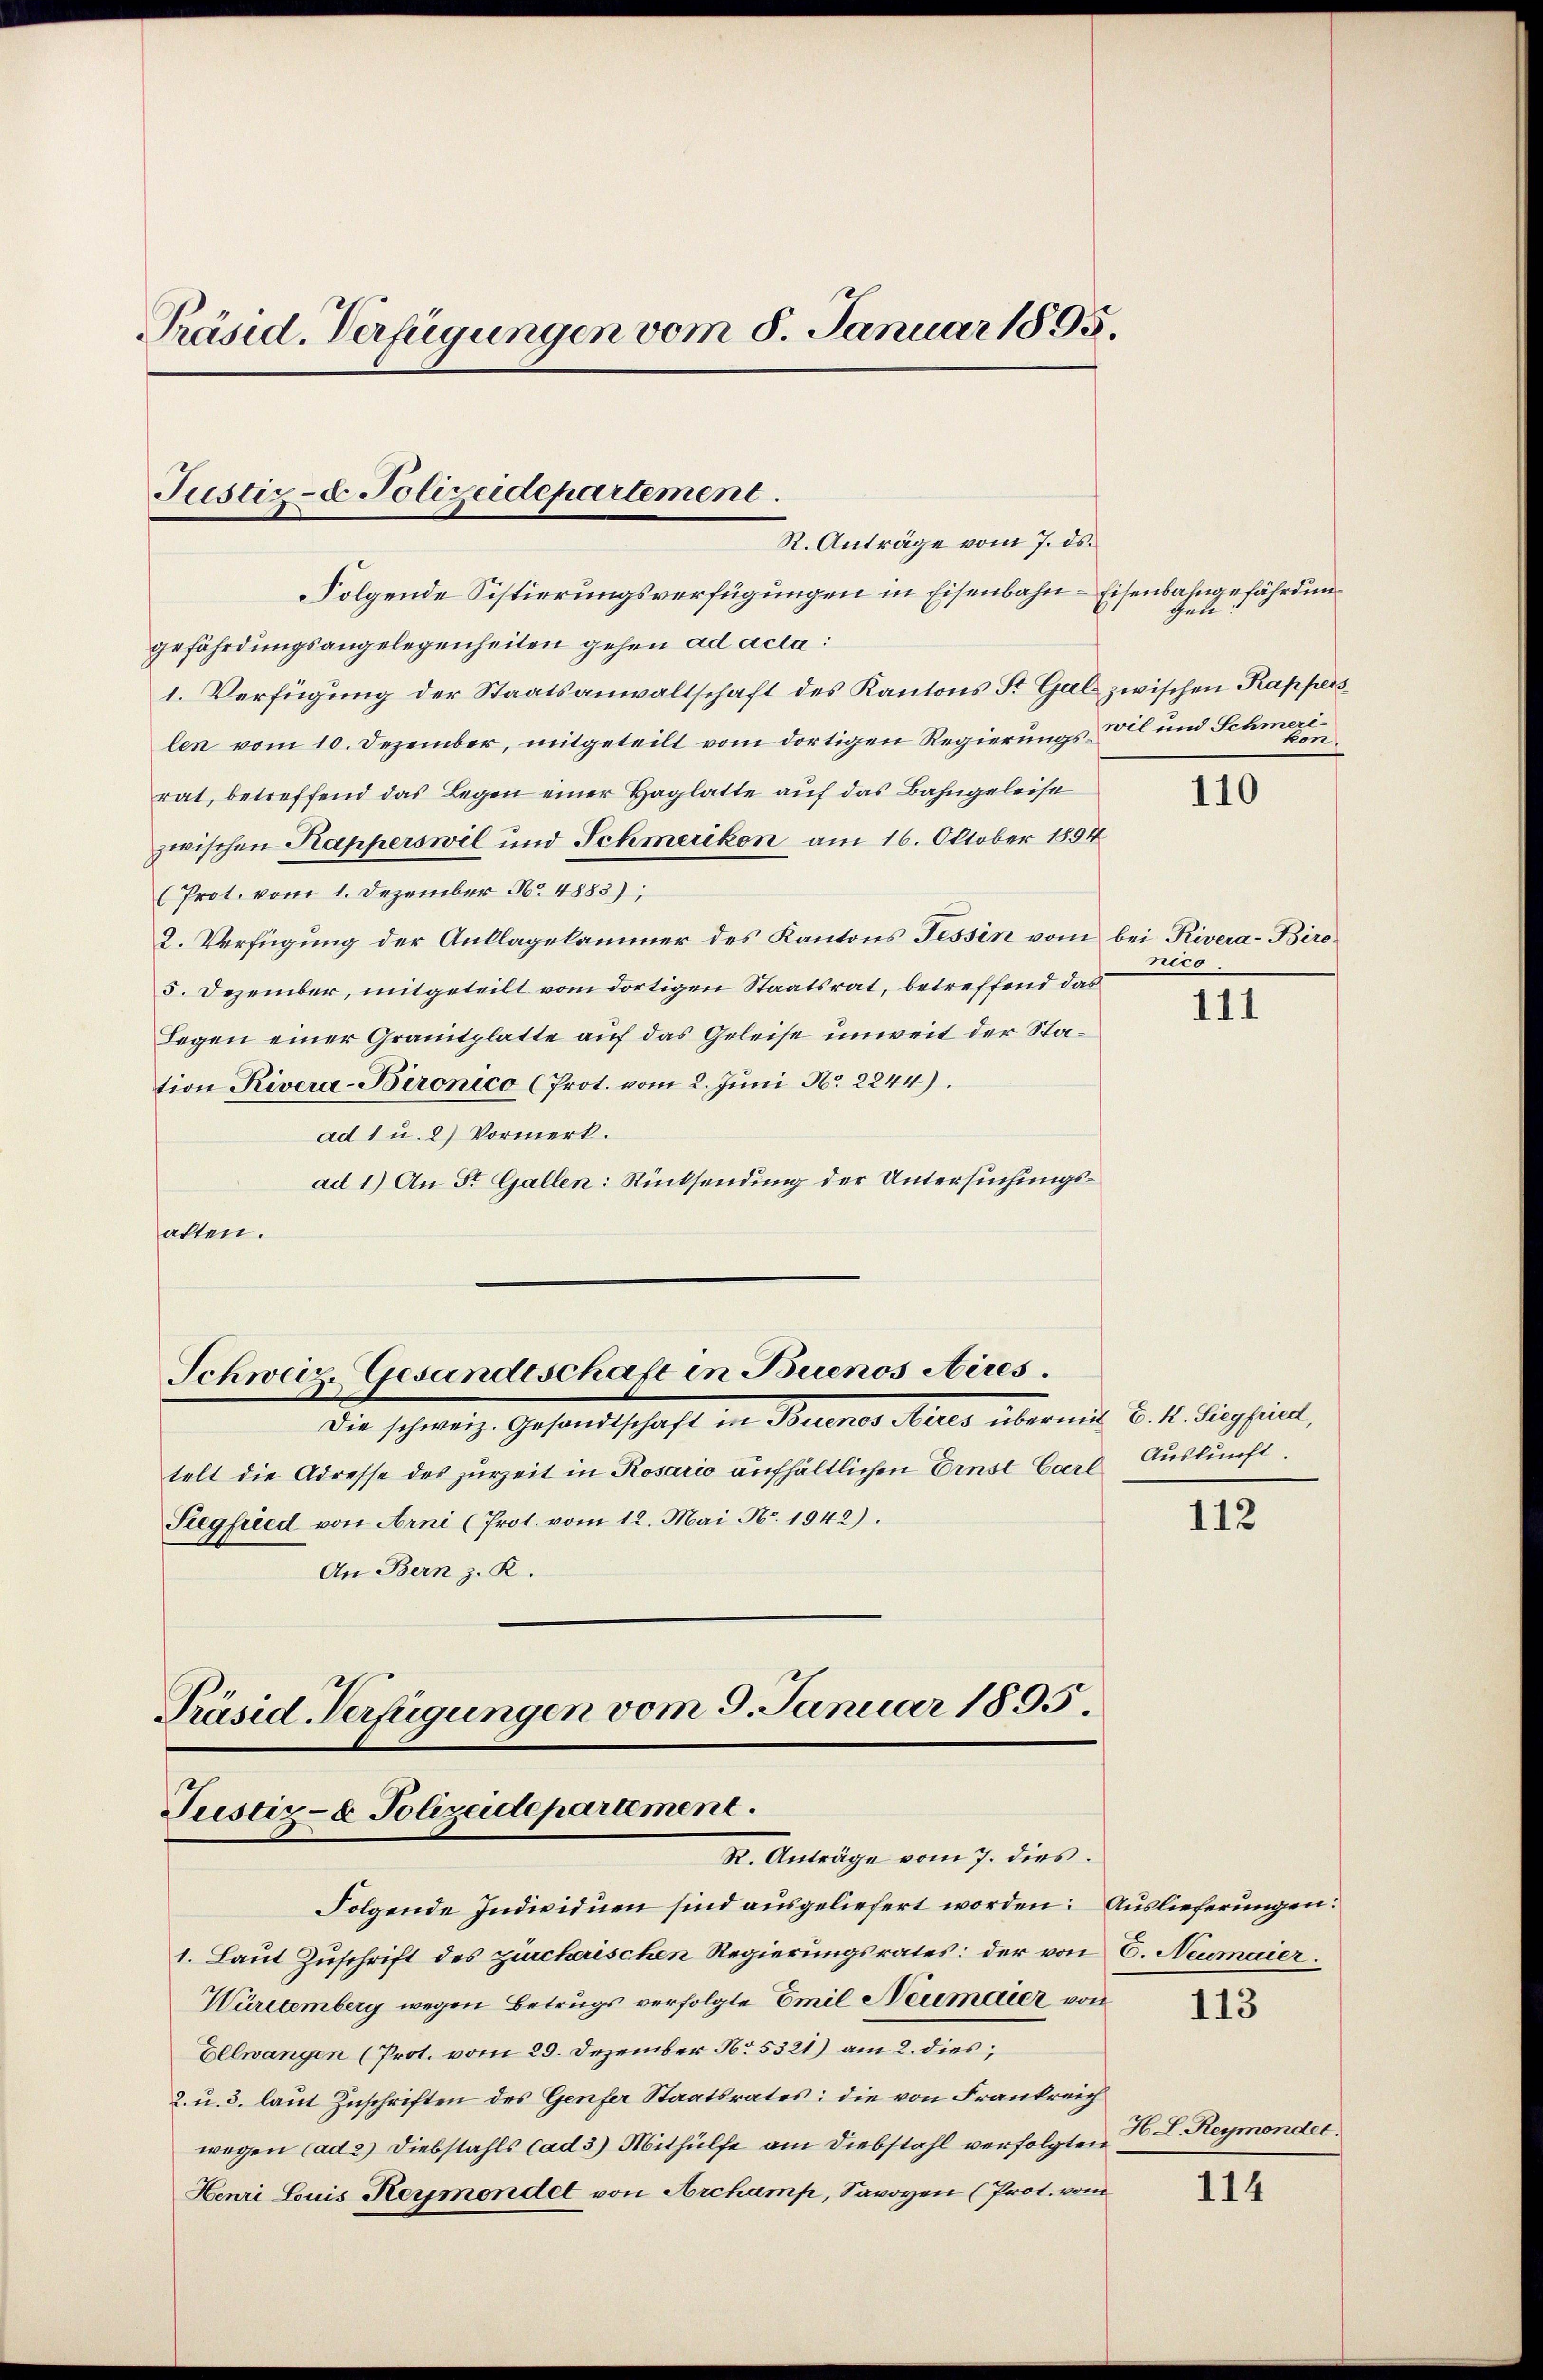
Präsid. Verfügungen vom 8. Januar 1895.

Justiz- & Polizeidepartement.
R. Anträge vom 7. ds.

Folgende Sistierungsverfügungen in Eisenbahn-Eisenbahngefährdungefährdungsangelegenheiten gehen ad acta
1. Verfügung der Staatsanwaltschaft des Kantons St. Gal zwischen Kappers
len vom 10. Dezember, mitgeteilt vom dortigen Regierungsrat, betreffend das Legen einer Haglatte auf das Bahngeleise
zwischen Kapperswil und Schmerikon am 16. Oktober 1854
(Prot. vom 1. Dezember No. 4883);
2. Verfügung der Anklagekammer des Kantons Tessin vom bei Rivera-Biro¬
5. Dezember, mitgeteilt vom dortigen Staatsrat, betreffend das
Legen einer Granitplatte auf das Geleise unweit der Station Rivera-Bironico (Prot. vom 2. Juni No 2244).
ad 1 u. 2) Vormerk.
ad 1.) An St. Gallen: Rücksendung der Untersuchungsalten.

Schweiz. Gesandtschaft in Buenos Aires.

Präsid. Verfügungen vom 9. Januar 1895.
Justiz- & Polizeidepartement.
R. Anträge vom 7. dies

die schweiz. Gesandtschaft in Berner Miles übermit. k. k. Siegfiel,
telt die Adresse des zurzeit in Rosario aufhältlichen Ernst Carl Auskunft
Siegfried von Arni (Prot. vom 12. Mai No. 1942).
An Bern z. R.

Folgende Individuen sind ausgeliefert worden: Auslieferungen:
1. Laut Zuschrift des zürcherischen Regierungsrates: der von 6. Neumaier.
Württemberg wegen Betrugs verfolgte Emil Neumaier von
Ellwangen (Prot. vom 29. Dezember No. 5321) am 2. dies
2. u. 3. laut Zuschriften des Genfer Staatsrates; die von Frankreich
wegen (ad 2) Diebstahls Cad 3) Mithülfe am Diebstahl verfolgten
Henri Louis Kermondet von Archamp, Savoyen (Prot. vom

Gute
wil und Schmeri¬
Hon

110

nico

111

112

113

H. Reymondet.

114